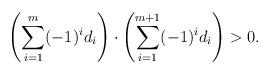
LaTeX: \begin{align*}\left(\sum_{i=1}^{m}(-1)^i d_i\right)\cdot\left(\sum_{i=1}^{m+1}(-1)^i d_i\right)>0.\end{align*}